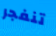
تنفجر